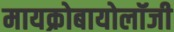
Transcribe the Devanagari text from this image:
मायक्रोबायोलॉजी